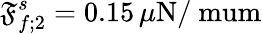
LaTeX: \mathfrak{F}_{f;2}^{s}=0.15\, \mu\mathrm{{N/\ mum}}